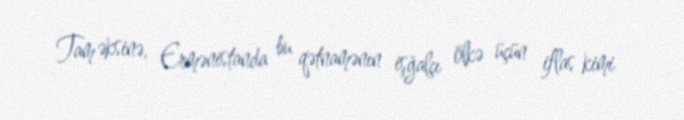
Tam əksinə, Ermənistanda bu qətnamənın işğalçı ölkə üçün iflas kimi